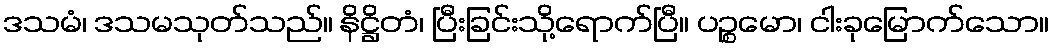
ဒသမံ၊ ဒသမသုတ်သည်။ နိဋ္ဌိတံ၊ ပြီးခြင်းသို့ရောက်ပြီ။ ပဉ္စမော၊ ငါးခုမြောက်သော။